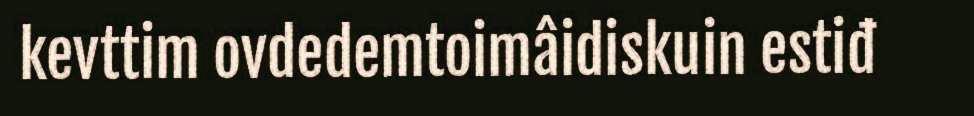
kevttim ovdedemtoimâidiskuin estiđ